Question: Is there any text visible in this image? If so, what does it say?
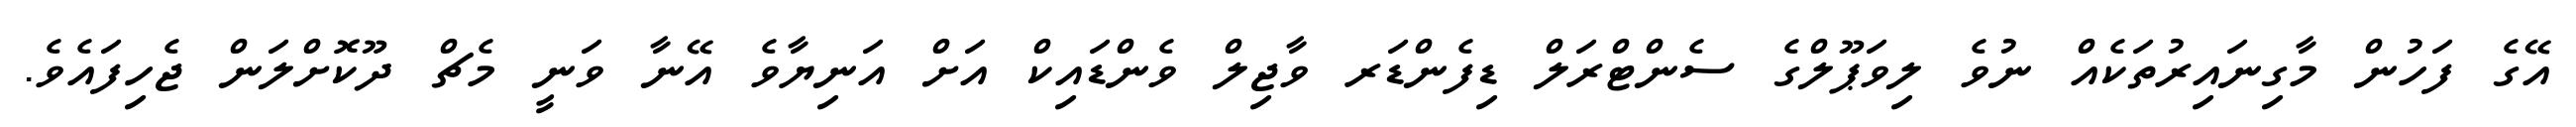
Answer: އޭގެ ފަހުން މާގިނައިރުތަކެއް ނުވެ ލިވަޕޫލްގެ ސެންޓްރަލް ޑިފެންޑަރ ވާޖިލް ވެންޑައިކް އަށް އަނިޔާވެ އޭނާ ވަނީ މެޗް ދޫކޮށްލަން ޖެހިފައެވެ.